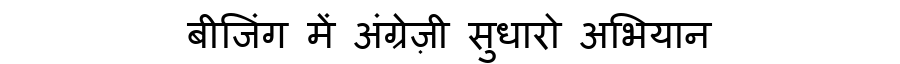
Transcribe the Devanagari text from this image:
बीजिंग में अंग्रेज़ी सुधारो अभियान